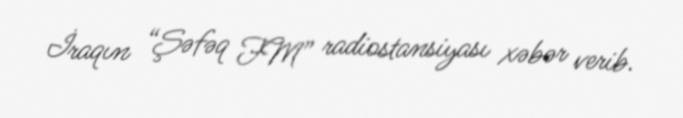
İraqın “Şəfəq FM” radiostansiyası xəbər verib.